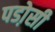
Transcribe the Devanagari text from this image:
पडो़सी